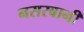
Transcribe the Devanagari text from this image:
नसरबानी